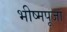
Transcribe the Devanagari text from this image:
भीष्मपूजा